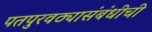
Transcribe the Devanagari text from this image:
पतपुरवठ्यासंबंधीची